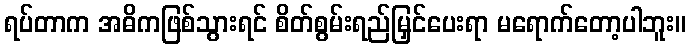
ရပ်တာက အဓိကဖြစ်သွားရင် စိတ်စွမ်းရည်မြှင်ပေးရာ မရောက်တော့ပါဘူး။